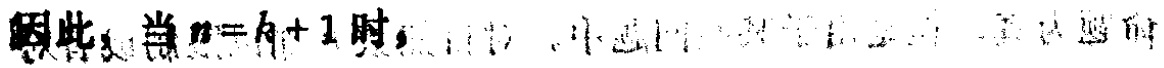
因此，当 \(n = k + 1\) 时，